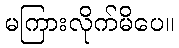
မကြားလိုက်မိပေ။